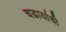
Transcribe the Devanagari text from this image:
चढायांची